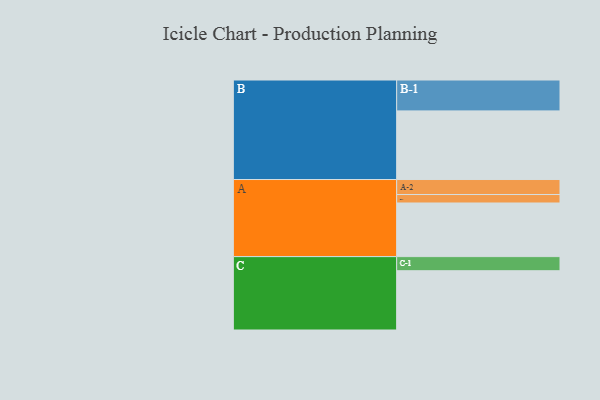
{"axis": {"x": "Segment", "y": "Value"}, "legend": ["", "A", "B", "C"], "data": [{"x": "A", "y": 361, "type": ""}, {"x": "B", "y": 462, "type": ""}, {"x": "C", "y": 399, "type": ""}, {"x": "A-1", "y": 57, "type": "A"}, {"x": "A-2", "y": 101, "type": "A"}, {"x": "B-1", "y": 208, "type": "B"}, {"x": "C-1", "y": 95, "type": "C"}]}